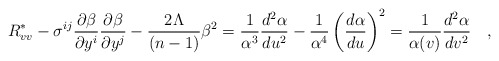
\begin{align*}R_{vv}^\ast -{\sigma}^{ij}\frac {\partial \beta}{\partial y^i}\frac{\partial\beta}{\partial y^j} - \frac{2\Lambda}{(n-1)}\beta^2 = \frac{1}{\alpha^3}\frac{d^2\alpha}{du^2}-\frac{1}{\alpha^4}\left ( \frac{d\alpha}{du}\right )^2=\frac{1}{\alpha(v)}\frac{d^2\alpha}{dv^2}\quad ,\end{align*}